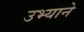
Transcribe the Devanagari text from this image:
उभ्याने